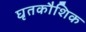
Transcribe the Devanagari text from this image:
घृतकौशिक